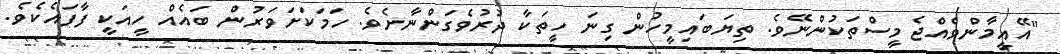
"އޭއީމާންވެއްޖެ މީސްތަކުންނޭވެ. ތިޔަބައިމީހުން ގިނަ ހީތަކާ ދުރުވެގަންނާށެވެ. ހަމަކަށަވަރުން ބައެއް ހީއަކީ ފާފައެކެވެ.